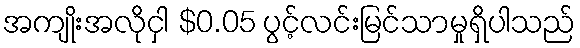
အကျိုးအလိုငှါ $0.05 ပွင့်လင်းမြင်သာမှုရှိပါသည်